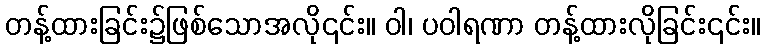
တန့်ထားခြင်း၌ဖြစ်သောအလို၎င်း။ ဝါ၊ ပဝါရဏာ တန့်ထားလိုခြင်း၎င်း။